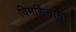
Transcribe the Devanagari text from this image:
विमर्शिनाम्